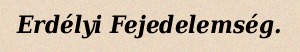
Erdélyi Fejedelemség.